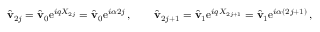
\hat { \mathbf { v } } _ { 2 j } = \hat { \mathbf { v } } _ { 0 } \mathrm { e } ^ { i q X _ { 2 j } } = \hat { \mathbf { v } } _ { 0 } \mathrm { e } ^ { i \alpha 2 j } \, , \qquad \hat { \mathbf { v } } _ { 2 j + 1 } = \hat { \mathbf { v } } _ { 1 } \mathrm { e } ^ { i q X _ { 2 j + 1 } } = \hat { \mathbf { v } } _ { 1 } \mathrm { e } ^ { i \alpha ( 2 j + 1 ) } \, ,